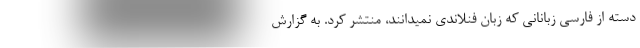
دسته از فارسی زبانانی که زبان فنلاندی نمیدانند، منتشر کرد. به گزارش